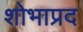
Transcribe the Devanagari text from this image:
शोभाप्रद